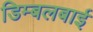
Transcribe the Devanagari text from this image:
डिम्बलबाई